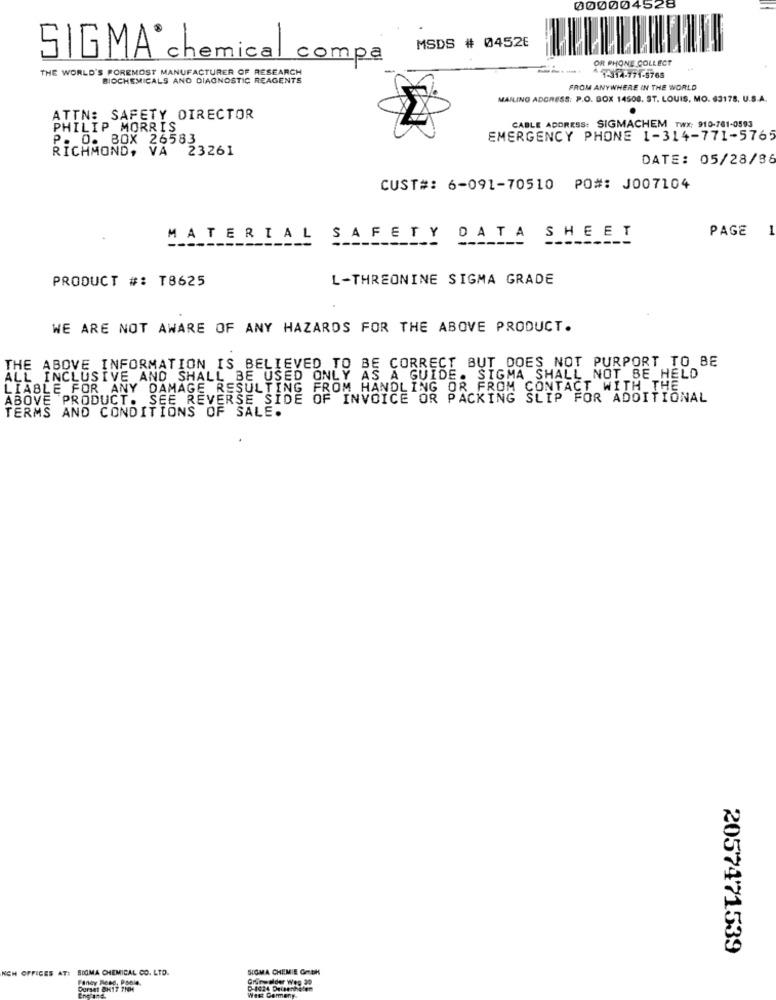
000004528
MSDS # 04526
SIGMA chem
cal compa
OR PHONE COLLECT
THE WORLD'S FOREMOST MANUFACTURER OF RESEARCH
BIOCHEMICALS AND DIAGNOSTIC REAGENTS
7-314-771-5768
FROM ANYWHERE IN THE WORLD
MAILING ADDRESS: P.O. BOX 14508. ST. LOUIS, MO. 63178, U.S.A.
ATTN: SAFETY DIRECTOR
PHILIP MORRIS
CABLE ADDRESS: SIGMACHEM TWX; 910-761-0593
P. O. BOX 26583
EMERGENCY PHONE 1-314-771-5765
RICHMOND, VA 23261
DATE: 05/28/96
CUST#: 6-091-70510 PO#: J007104
PAGE
MATERIAL SAFETY DATA SHEET
PRODUCT #: T8625
L-THREONINE SIGMA GRADE
WE ARE NOT AWARE OF ANY HAZARDS FOR THE ABOVE PRODUCT.
THE ABOVE INFORMATION IS BELIEVED TO BE CORRECT BUT DOES NOT PURPORT TO BE
ALL INCLUSIVE AND SHALL BE USED ONLY AS A GUIDE. SIGMA SHALL NOT BE HELD
LIABLE FOR ANY DAMAGE RESULTING FROM HANDLING OR FROM CONTACT WITH THE
ABOVE PRODUCT. SEE REVERSE SIDE OF INVOICE OR PACKING SLIP FOR ADDITIONAL
TERMS AND CONDITIONS OF SALE.
2057471539
NCH OFFICES AT: SDOMA CHEMICAL CO. LTD.
SIGMA CHEMIE GMBH
Grünpelder Weg 30
Dorset @H17 7NM
West Germer